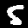
Digit: 5